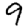
Digit: 9